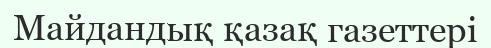
Майдандық қазақ газеттері